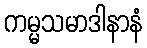
ကမ္မသမာဒါနာနံ